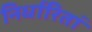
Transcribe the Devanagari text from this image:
निर्धारितां